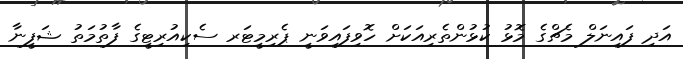
އަދި ފައިނަލް މެޗްގެ މޮޅު ކުޅުންތެރިއަކަށް ހޮވިފައިވަނީ ޕެރިމީޓަރ ސެކިއުރިޓީގެ ފާތުމަތު ޝަފީނާ